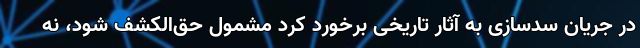
در جریان سدسازی به آثار تاریخی برخورد کرد مشمول حق‌الکشف شود، نه